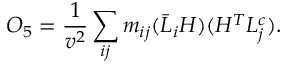
{ \cal O } _ { 5 } = \frac { 1 } { v ^ { 2 } } \sum _ { i j } m _ { i j } ( \bar { L } _ { i } H ) ( H ^ { T } L _ { j } ^ { c } ) .